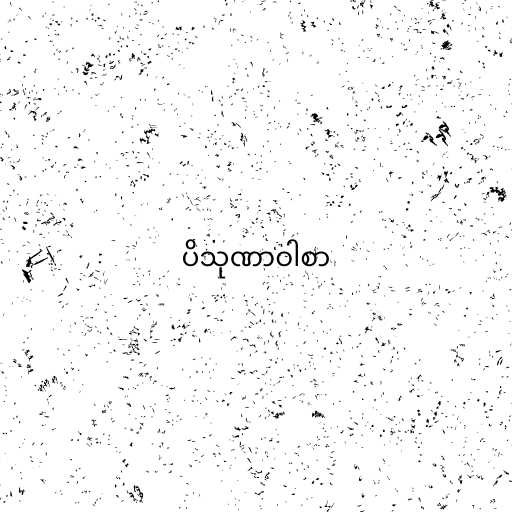
ပိသုဏာဝါစာ